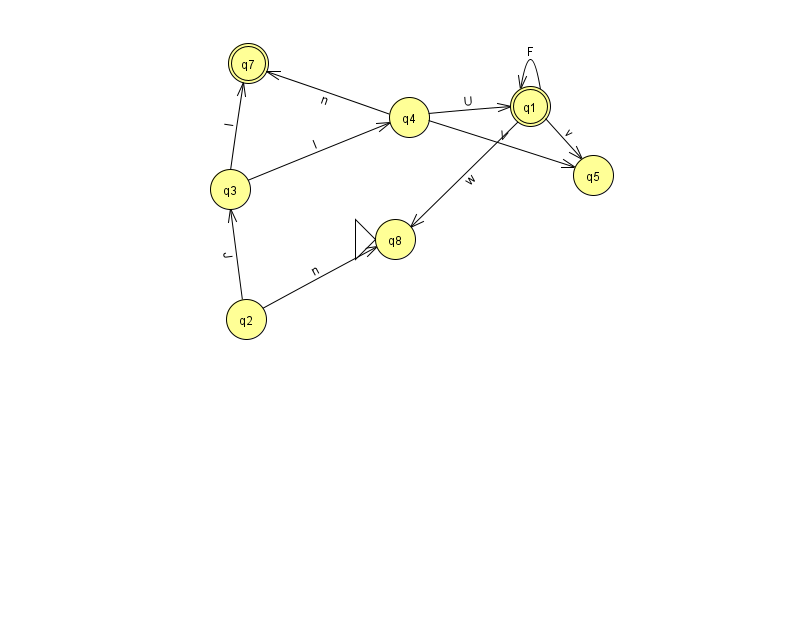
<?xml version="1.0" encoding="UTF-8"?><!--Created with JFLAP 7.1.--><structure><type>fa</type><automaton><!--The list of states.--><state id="0" name="q0"><x>835.0</x><y>651.0</y></state><state id="1" name="q1"><x>530.0</x><y>93.0</y><final/></state><state id="2" name="q2"><x>246.0</x><y>306.0</y></state><state id="3" name="q3"><x>230.0</x><y>176.0</y></state><state id="4" name="q4"><x>409.0</x><y>104.0</y></state><state id="5" name="q5"><x>593.0</x><y>162.0</y></state><state id="7" name="q7"><x>248.0</x><y>50.0</y><final/></state><state id="8" name="q8"><x>395.0</x><y>226.0</y><initial/></state><!--The list of transitions.--><transition><from>4</from><to>5</to><read>V</read></transition><transition><from>1</from><to>1</to><read>F</read></transition><transition><from>1</from><to>8</to><read>w</read></transition><transition><from>2</from><to>8</to><read>n</read></transition><transition><from>1</from><to>5</to><read>v</read></transition><transition><from>4</from><to>1</to><read>U</read></transition><transition><from>0</from><to>0</to><read>Z</read></transition><transition><from>2</from><to>3</to><read>J</read></transition><transition><from>3</from><to>7</to><read>l</read></transition><transition><from>4</from><to>7</to><read>n</read></transition><transition><from>3</from><to>4</to><read>l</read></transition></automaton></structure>